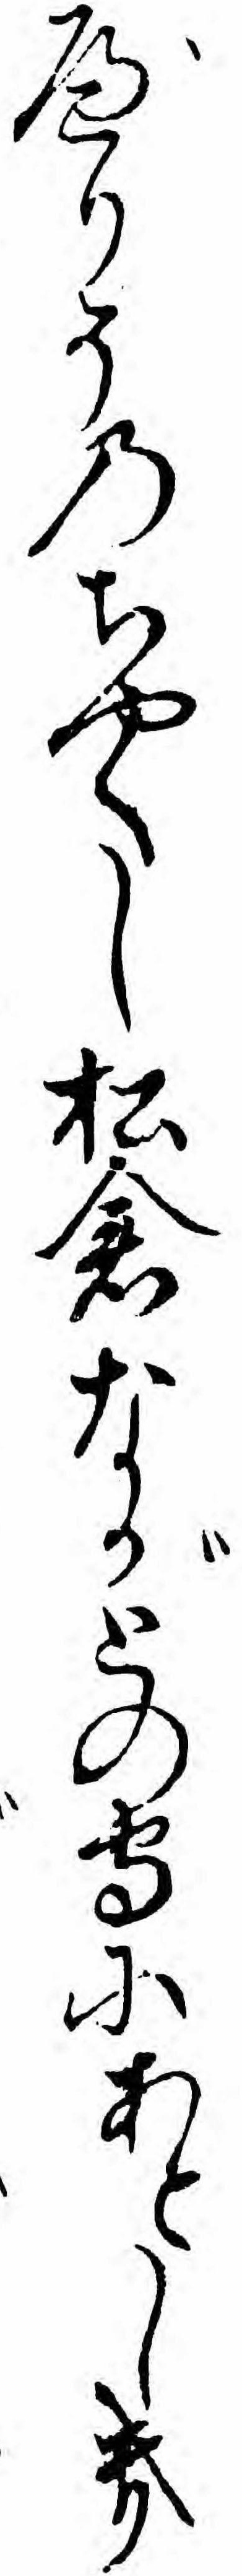
べりそのちやくし松倉ながとの守にあとしき